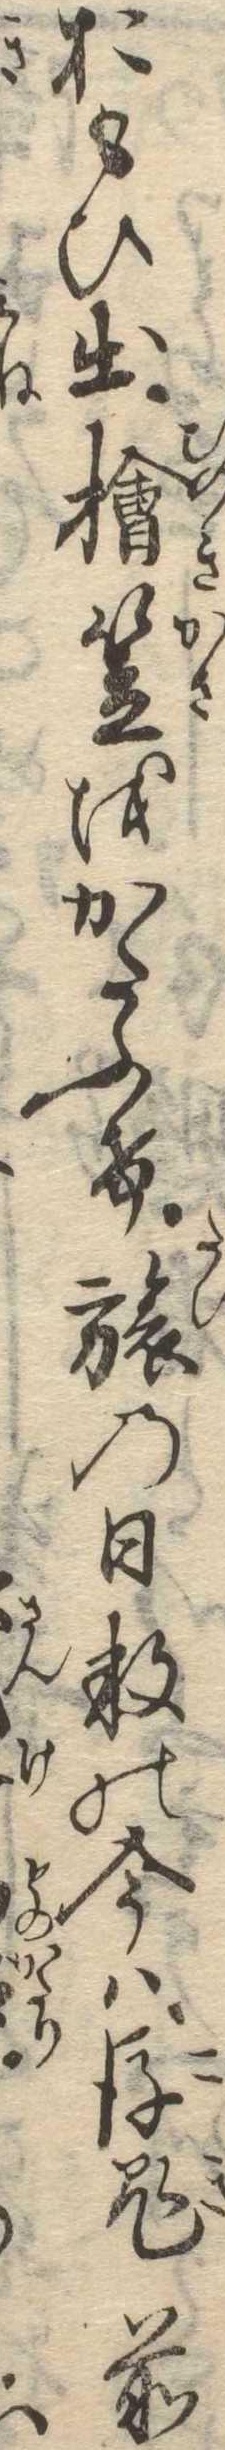
おもひ出桧笠をかたふけ旅の日数の今は後鬼前